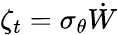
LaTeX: \zeta_{t}=\sigma_{\theta}\dot{W}